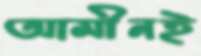
আমীনই